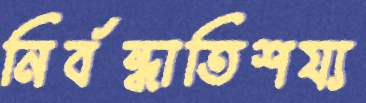
নির্বন্ধাতিশয্য